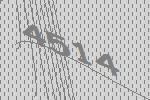
4514